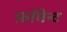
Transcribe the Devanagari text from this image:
फ़ॉमेन्ट